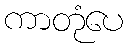
ကာတုံပေ